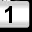
Digit: 1